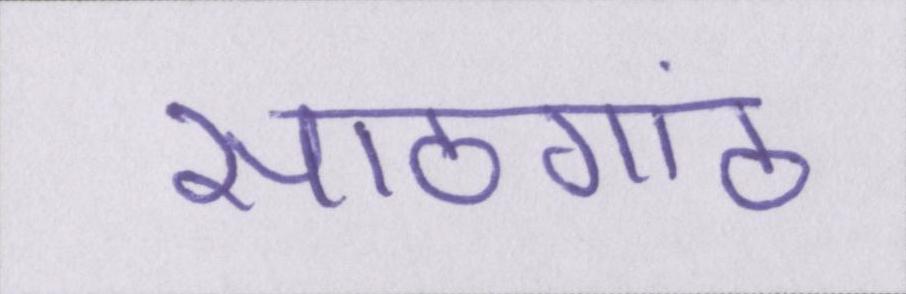
सांठगांठ